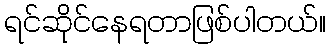
ရင်ဆိုင်နေရတာဖြစ်ပါတယ်။